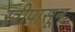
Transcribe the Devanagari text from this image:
स्त्रीपासून